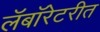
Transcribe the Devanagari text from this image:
लॅबॉरेटरीत